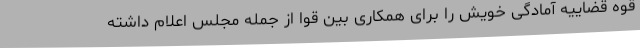
قوه قضاییه آمادگی خویش را برای همکاری بین قوا از جمله مجلس اعلام داشته